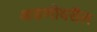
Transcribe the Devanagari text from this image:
अडणीवरील